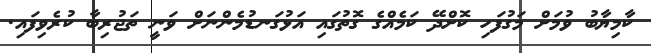
ކާމިޔާބު ވުމަށް މަގުފަހި ކޮށްދޭ ކަމެއްގެ ގޮތުގައި އަޅުގަނޑުމެންނަށް ވަނީ ތަޖުރިބާ ކުރެވިފައި.